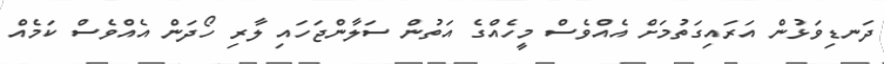
ދަނޑިވަޅުން އަރައިގަތުމަށް އެއްވެސް މީހެއްގެ އަތުން ސަލާންޖަހައި ލާރި ހޯދަން އެއްވެސް ކަމެއް